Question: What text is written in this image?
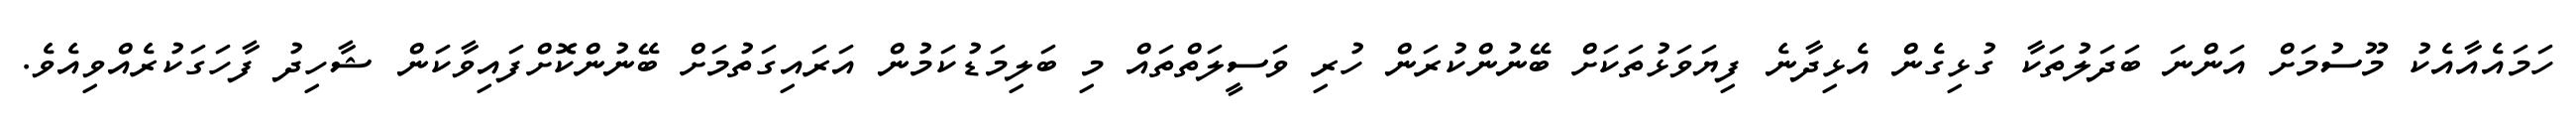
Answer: ހަމައެއާއެކު މޫސުމަށް އަންނަ ބަދަލުތަކާ ގުޅިގެން އެޅިދާނެ ފިޔަވަޅުތަކަށް ބޭނުންކުރަން ހުރި ވަސީލަތްތައް މި ބަލިމަޑުކަމުން އަރައިގަތުމަށް ބޭނުންކޮށްފައިވާކަން ޝާހިދު ފާހަގަކުރެއްވިއެވެ.